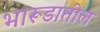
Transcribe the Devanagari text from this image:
भारूडातील